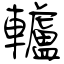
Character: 轤